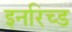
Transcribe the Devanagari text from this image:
इनरिच्ड